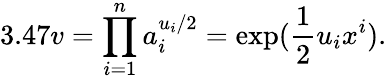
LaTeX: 3.47v=\prod_{i=1}^{n}a_{i}^{u_{i}/2}=\exp(\frac{1}{2}u_{i}x^{i}).